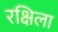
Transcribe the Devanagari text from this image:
रक्षिला